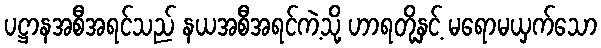
ပဋ္ဌာနအစီအရင်သည် နယအစီအရင်ကဲ့သို့ ဟာရတို့နှင့် မရောမယှက်သော